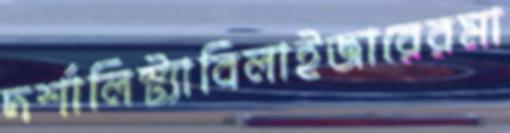
দর্শালিস্ট্যাবিলাইজারেরমা